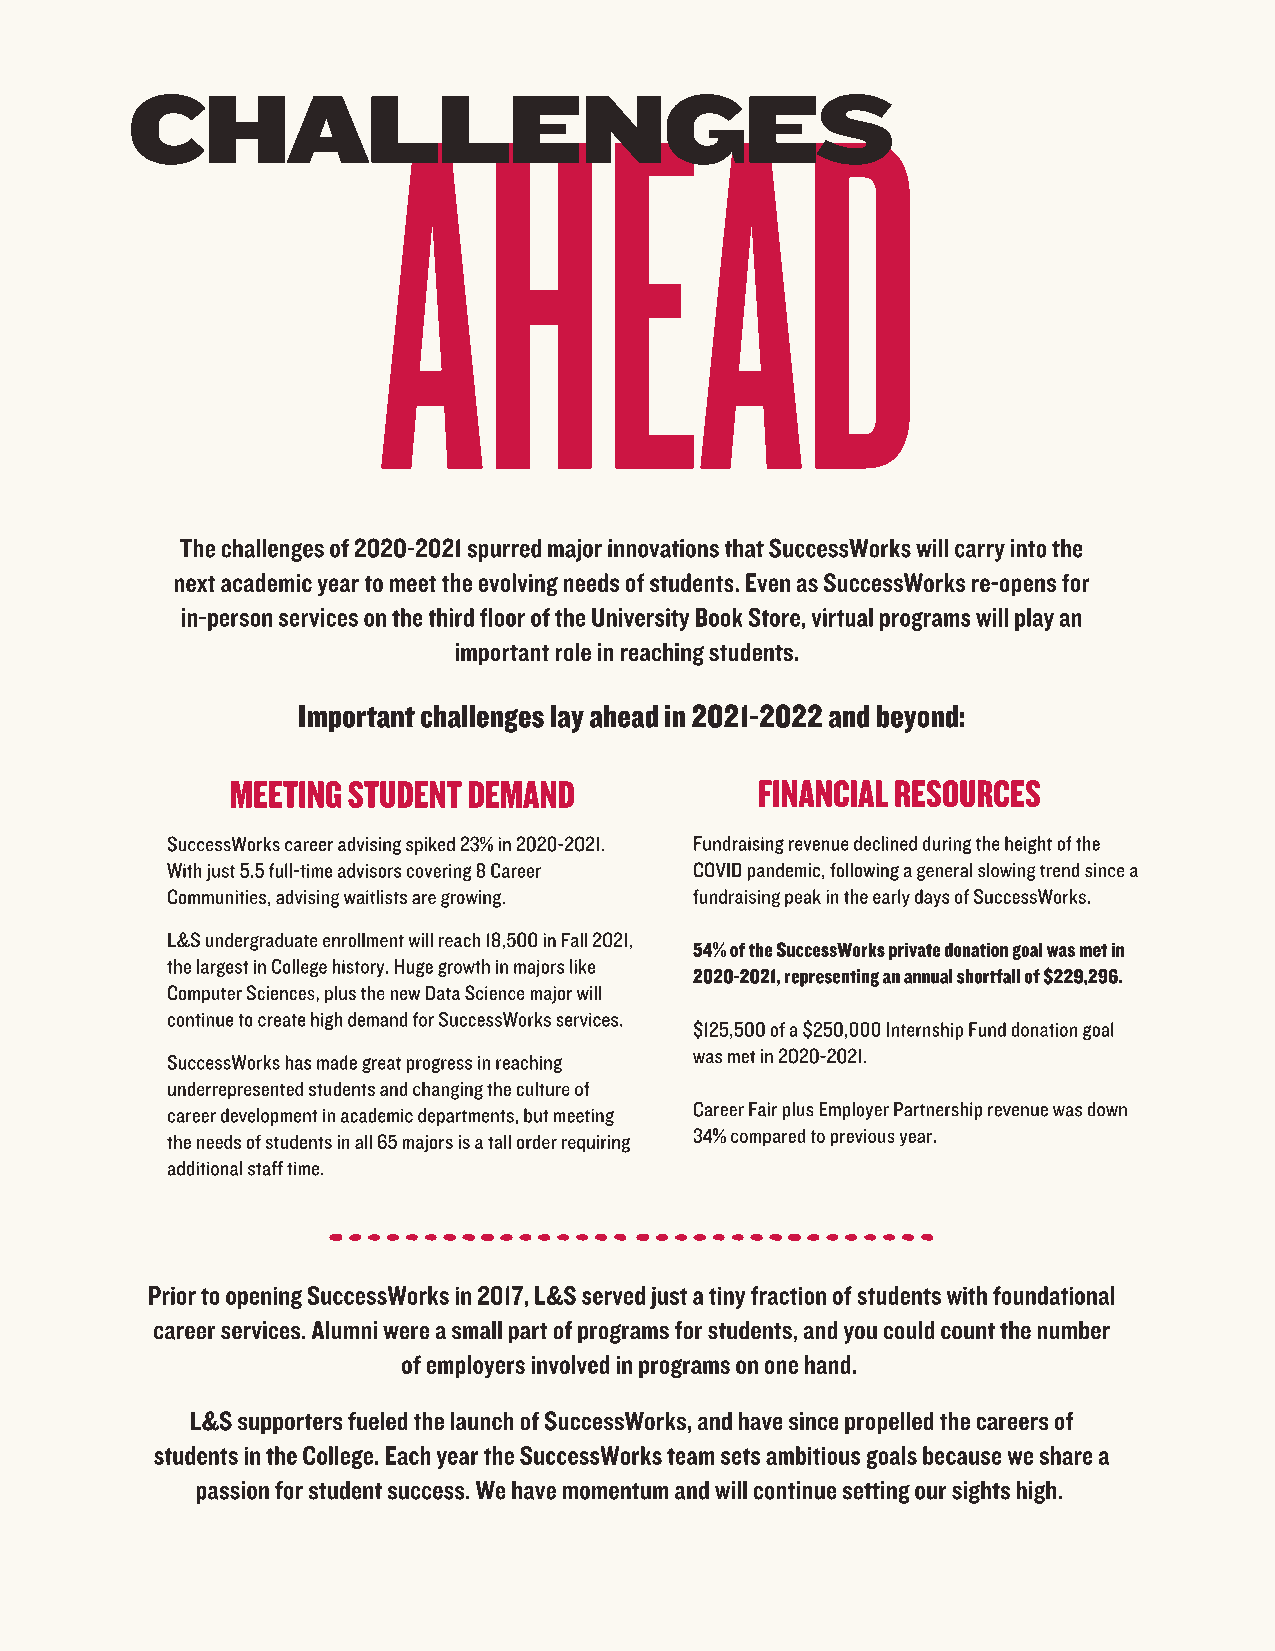
AHEAD
 CHALLENGES
 The challenges of 2020-2021 spurred major innovations that SuccessWorks will carry into the
 next academic year to meet the evolving needs of students. Even as SuccessWorks re-opens for
 in-person services on the third floor of the University Book Store, virtual programs will play an
 important role in reaching students.
 Important challenges lay ahead in 2021-2022 and beyond:
 MEETING STUDENT DEMAND             FINANCIAL RESOURCES
 SuccessWorks career advising spiked 23% in 2020-2021. Fundraising revenue declined during the height of the
 With just 5.5 full-time advisors covering 8 Career COVID pandemic, following a general slowing trend since a
 Communities, advising waitlists are growing. fundraising peak in the early days of SuccessWorks.
 L&S undergraduate enrollment will reach 18,500 in Fall 2021,
 54% of the SuccessWorks private donation goal was met in
 the largest in College history. Huge growth in majors like
 2020-2021, representing an annual shortfall of $229,296.
 Computer Sciences, plus the new Data Science major will
 continue to create high demand for SuccessWorks services.
 $125,500 of a $250,000 Internship Fund donation goal
 was met in 2020-2021.
 SuccessWorks has made great progress in reaching
 underrepresented students and changing the culture of
 career development in academic departments, but meeting Career Fair plus Employer Partnership revenue was down
 the needs of students in all 65 majors is a tall order requiring 34% compared to previous year.
 additional staff time.
 Prior to opening SuccessWorks in 2017, L&S served just a tiny fraction of students with foundational
 career services. Alumni were a small part of programs for students, and you could count the number
 of employers involved in programs on one hand.
 L&S supporters fueled the launch of SuccessWorks, and have since propelled the careers of
 students in the College. Each year the SuccessWorks team sets ambitious goals because we share a
 passion for student success. We have momentum and will continue setting our sights high.